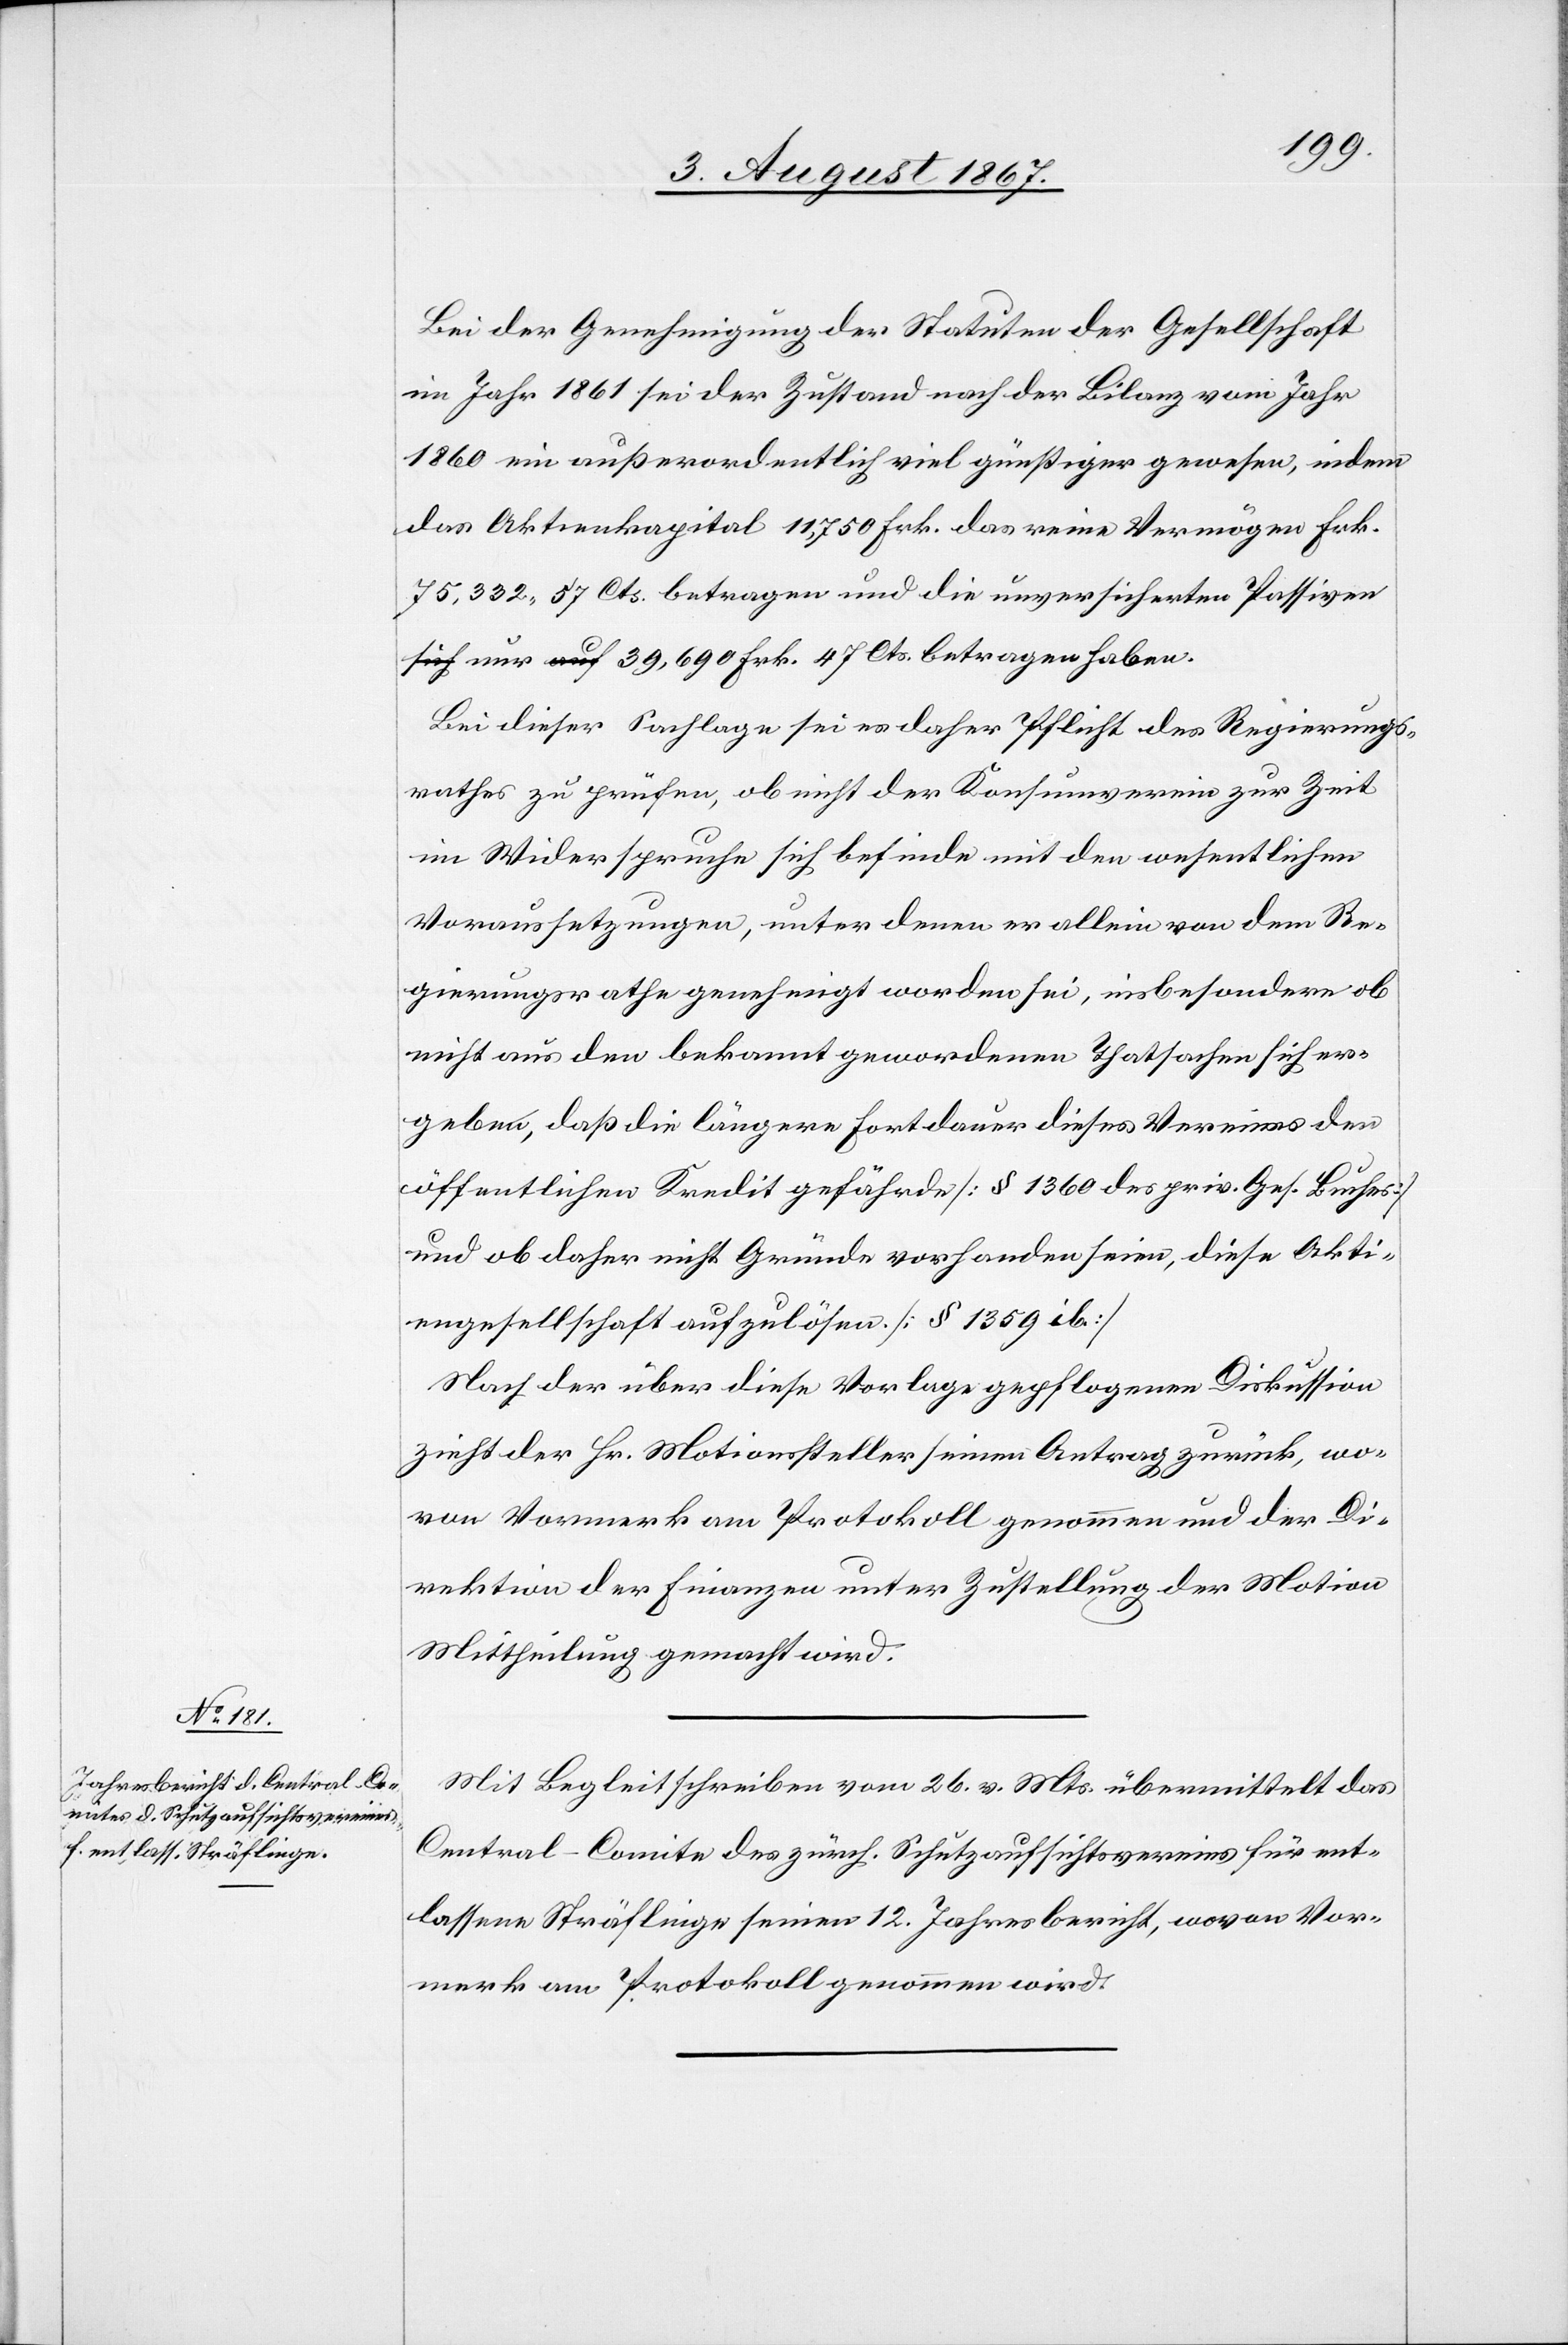
Frk. 47.

Bei der Genehmigung der Statuten der Gesellschaft
im Jahr 1861 sei der Zustand nach der Bilanz vom Jahr
1860 ein außerordentlich viel günstiger gewesen, indem
das Aktienkapital 11 750 Frk. das reine Vermögen Frk.
75 332.57 Cts. betragen und die unversicherten Passiven
Bei dieser Sachlage sei es daher Pflicht des Regierungs¬
rathes zu prüfen, ob nicht der Konsumverein zur Zeit
im Widerspruche sich befinde mit den wesentlichen
Voraussetzungen, unter denen er allein von dem Re¬
gierungsrathe genehmigt worden sei, insbesondre ob
nicht aus den bekannt gewordenen Thatsachen sich er¬
geben, daß die längere Fortdauer dieses Vereins den
öffentlichen Kredit gefährde [§ 1360 des priv. Ges. Buches]
und ob daher nicht Gründe vorhanden seien, diese Akti¬
engesellschaft aufzulösen. [§ 1359 ib.]
Nach der über diese Vorlage gepflogenen Diskussion
zieht der Hr. Motionssteller seine Antrag zurück, wo¬
von Vormerk am Protokoll genommen und der Di¬
rektion der Finanzen unter Zustellung der Motion
Mittheilung gemacht wird.
Mit Begleitschreiben vom 26. v. Mts. übermittelt das
Central-Comite des zürch. Schutzaufsichtsvereins für ent¬
lassene Sträflinge seinen 12. Jahresbericht, wovon Vor¬
merk am Protokoll genommen wird.